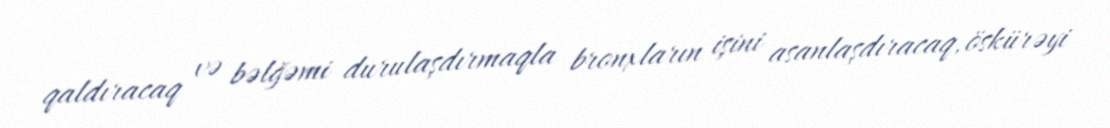
qaldıracaq və bəlğəmi durulaşdırmaqla bronxların işini asanlaşdıracaq, öskürəyi